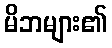
မိဘများ၏